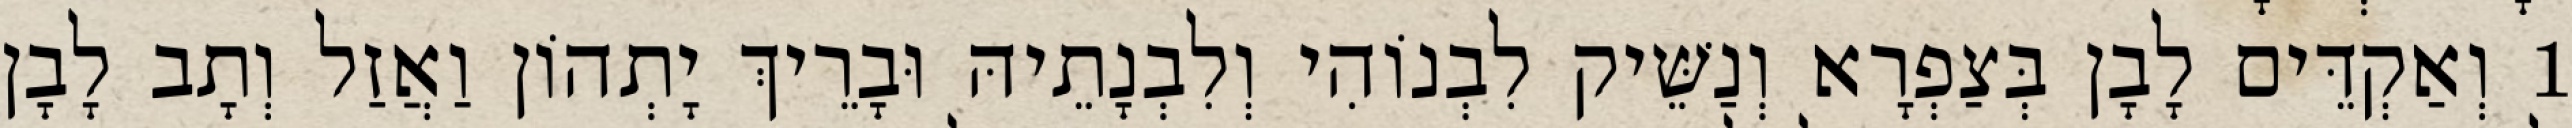
1 וְאַקְדֵּים לָבָן בְּצַפְרָא וְנַשֵּׁיק לִבְנוֹהִי וְלִבְנָתֵיהּ וּבָרֵיךְ יָתְהוֹן וַאֲזַל וְתָב לָבָן